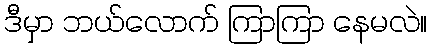
ဒီမှာ ဘယ်လောက် ကြာကြာ နေမလဲ။